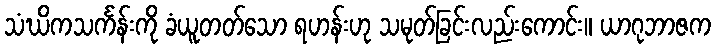
သံဃိကသင်္ကန်းကို ခံယူတတ်သော ရဟန်းဟု သမုတ်ခြင်းလည်းကောင်း။ ယာဂုဘာဇက